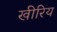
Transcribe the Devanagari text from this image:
खीरिय